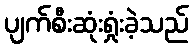
ပျက်စီးဆုံးရှုံးခဲ့သည်